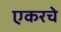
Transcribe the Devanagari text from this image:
एकरचे